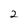
Character: 2